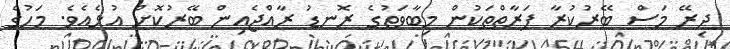
ދިރޭ މަސް ބޭރުކުރާ ފަރާތްތަކުން މިބާވަތުގެ ރޮނޑު ރާއްޖެއިން ބޭރުކޮށް އުޅެއެވެ. މަހުގެ